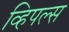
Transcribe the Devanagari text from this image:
व्हिपल्स